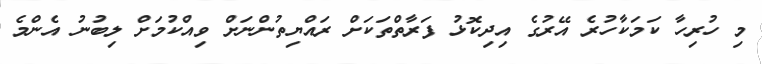
މި ހުރިހާ ކަމަކާހުރެ އޭރުގެ އިދިކޮޅު ފަރާތްތަކަށް ރައްޔިތުންނަށް ވިއްކުމަށް ލިބުނު އެންމެ